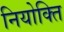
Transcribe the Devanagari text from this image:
नियोक्ति